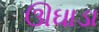
ઊઘાડા